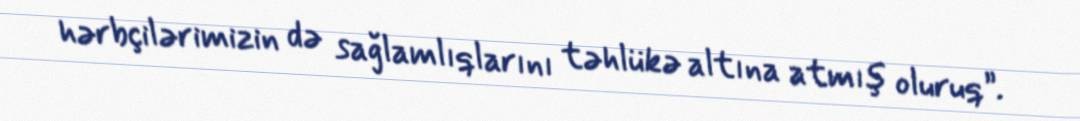
hərbçilərimizin də sağlamlıqlarını təhlükə altına atmış oluruq”.